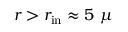
r > r _ { \mathrm { i n } } \approx 5 ~ \mu